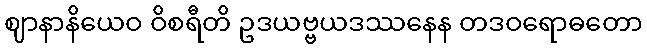
ဈာနာနိယေဝ ဝိစရီတိ ဥဒယဗ္ဗယဒဿနေန တဒဝရောဓတော